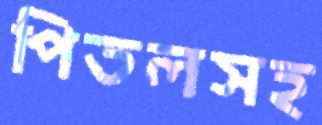
পিতলসহ